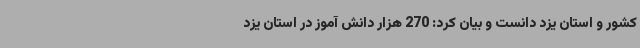
کشور و استان یزد دانست و بیان کرد: 270 هزار دانش آموز در استان یزد